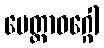
မေတ္တာဝဂ္ဂေါ